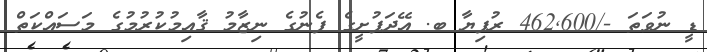
ޑީ ނުވަތަ -/462